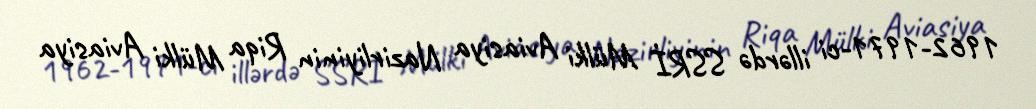
1962-1971-ci illərdə SSRİ Mülki Aviasiya Nazirliyinin Riqa Mülki Aviasiya